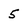
Character: 5